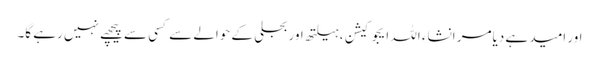
اور امید ہے دیامر انشاء اللہ ایجوکیشن ،ہیلتھ اور بجلی کے حوالے سے کسی سے پیچھے نہیں رہے گا۔